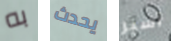
به يحدث أسير